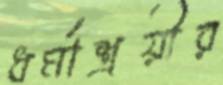
ধর্মাশ্রয়ীর